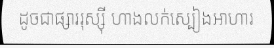
ដូចជាផ្សាររុស្ស៊ី ហាងលក់ស្បៀងអាហារ